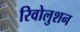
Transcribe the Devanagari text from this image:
रिवोलुशन